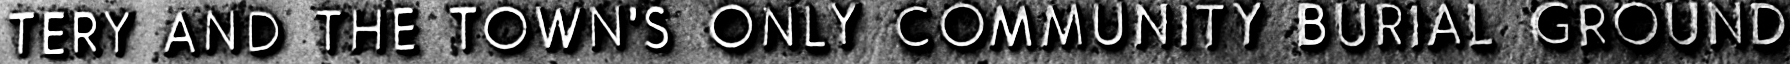
TERY AND THE TOWNS' ONLY COMMUNITY BURIAL GROUND